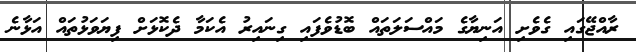
ރާއްޖޭގައި ގެވެށި އަނިޔާގެ މައްސަލަތައް ބޮޑުވެފައި ގިނައިރު އެކަމާ ދެކޮޅަށް ފިޔަވަޅުތައް އަޅާނެ